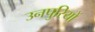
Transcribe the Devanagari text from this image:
उनपुरियों